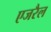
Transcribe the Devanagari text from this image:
एजरैल